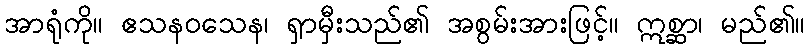
အာရုံကို။ ဧသနဝသေန၊ ရှာမှီးသည်၏ အစွမ်းအားဖြင့်။ ဣစ္ဆာ၊ မည်၏။